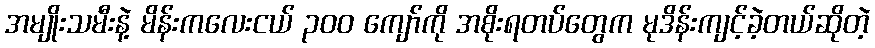
အမျိုးသမီးနဲ့ မိန်းကလေးငယ် ၃၀၀ ကျော်ကို အစိုးရတပ်တွေက မုဒိန်းကျင့်ခဲ့တယ်ဆိုတဲ့